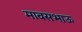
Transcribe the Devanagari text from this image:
मावसभाऊ